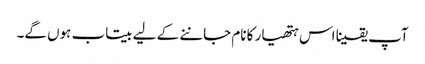
آپ یقینا اس ہتھیار کا نام جاننے کے لیے بیتاب ہوں گے۔